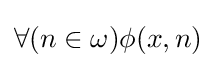
\forall (n\in \omega )\phi (x,n)